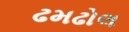
ઢમઢોલ